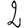
Digit: 2